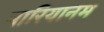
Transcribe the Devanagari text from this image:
मारियानम